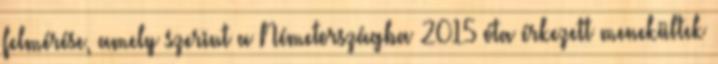
felmérése, amely szerint a Németországba 2015 óta érkezett menekültek